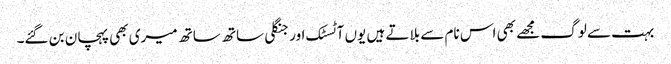
بہت سے لوگ مجھے بھی اس نام سے بلاتے ہیں یوں آٹسٹک اور جنگلی ساتھ ساتھ میری بھی پہچان بن گئے۔